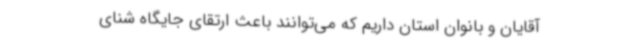
آقایان و بانوان استان داریم که می‌توانند باعث ارتقای جایگاه شنای